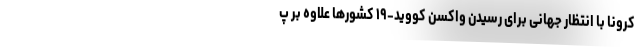
کرونا با انتظار جهانی برای رسیدن واکسن کووید-۱۹ کشورها علاوه بر پ